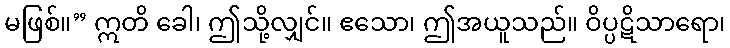
မဖြစ်။” ဣတိ ခေါ၊ ဤသို့လျှင်။ ဧသော၊ ဤအယူသည်။ ဝိပ္ပဋိသာရော၊